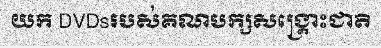
យក DVDsរបស់គណបក្សសង្គ្រោះជាតិ